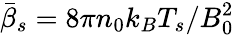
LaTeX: \bar{\beta}_{s}=8\pi n_{0}k_{B}T_{s}/B_{0}^{2}